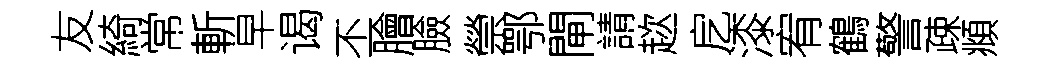
友綺常斬早谒丕膾臉禜鄂閘請趑戹漆宥鶴警疎頫